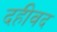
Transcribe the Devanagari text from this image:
दहीवद